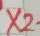
Text: X2-1